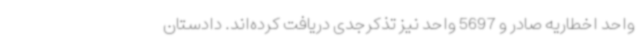
واحد اخطاریه صادر و 5697 واحد نیز تذکرجدی دریافت کرده‌اند. دادستان